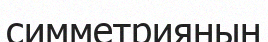
симметрияның